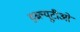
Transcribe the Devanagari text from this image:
डब्‍ल्यूटीओ